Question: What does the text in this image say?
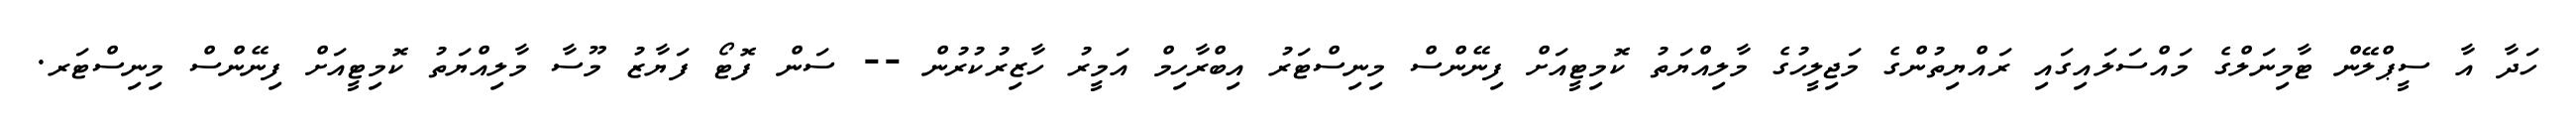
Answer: ހަދާ އާ ސީޕްލޭން ޓާމިނަލްގެ މައްސަލައިގައި ރައްޔިތުންގެ މަޖިލީހުގެ މާލިއްޔަތު ކޮމިޓީއަށް ފިނޭންސް މިނިސްޓަރު އިބްރާހިމް އަމީރު ހާޒިރުކުރުން -- ސަން ފޮޓޯ ފަޔާޒު މޫސާ މާލިއްޔަތު ކޮމިޓީއަށް ފިނޭންސް މިނިސްޓަރ.